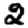
Digit: 2